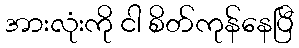
အားလုံးကို ငါ စိတ်ကုန်နေပြီ